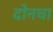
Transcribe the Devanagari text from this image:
दोनचा